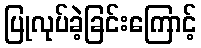
ပြုလုပ်ခဲ့ခြင်းကြောင့်